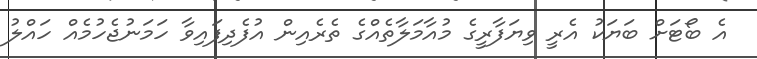
އެ ބޯޓަށް ބަޔަކު އެރީ ވިޔަފާރީގެ މުއާމަލާތެއްގެ ތެރެއިން އުފެދިފައިވާ ހަމަނުޖެހުމެއް ހައްލު